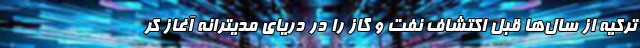
ترکیه از سال‌ها قبل اکتشاف نفت و گاز را در دریای مدیترانه آغاز کر